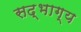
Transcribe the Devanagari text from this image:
सद्भाग्य